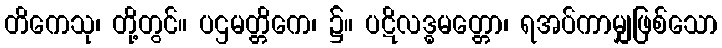
တိကေသု၊ တို့တွင်။ ပဌမတ္တိကေ၊ ၌။ ပဋိလဒ္ဓမတ္တော၊ ရအပ်ကာမျှဖြစ်သော